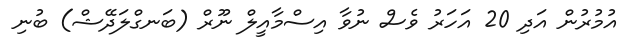
އުމުރުން އަދި 20 އަހަރު ވެސް ނުވާ އިސްމާއީލް ނޫރް (ބަނގްލަދޭޝް) ބުނި